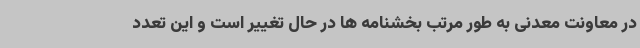
در معاونت معدنی به طور مرتب بخشنامه ها در حال تغییر است و این تعدد